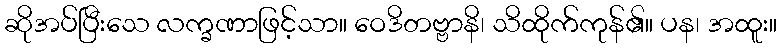
ဆိုအပ်ပြီးသေ လက္ခဏာဖြင့်သာ။ ဝေဒိတဗ္ဗာနိ၊ သိထိုက်ကုန်၏။ ပန၊ အထူး။